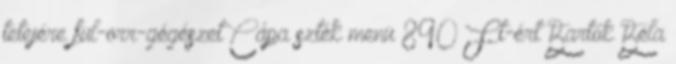
tetejére fül-orr-gégészet Cápa szték menü 890 Ft-ért Bartók Béla